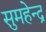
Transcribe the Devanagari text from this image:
सुमहेन्द्र